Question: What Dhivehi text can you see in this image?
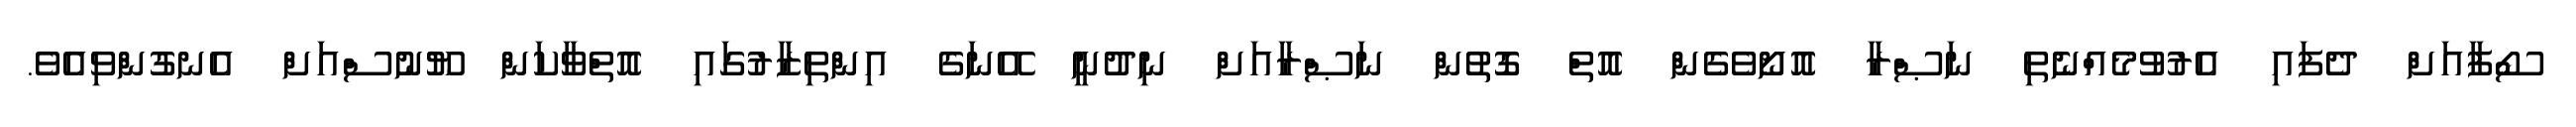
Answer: ސޯފާއަށް ދެފައި އެރުވުމެއްނެތި ނަޞްރާ އޮށޯވެގެން އޮތް ގޮތުން ނަޞްރާއަށް ނިދުނީ އޭނަގެ އިންތިޒާރުގައި އޮތްވާކަން ޔޫނުސްއަށް އެނގުންވިއެވެ.